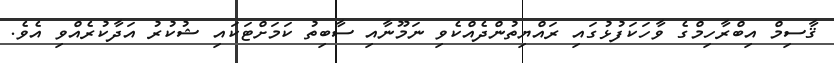
ޤާސިމް އިބްރާހިމްގެ ވާހަކަފުޅުގައި ރައްޔިތުންދެއްކެވި ނަމޫނާއި ސާބިތު ކަމަށްޓަކައި ޝުކުރު އަދާކުރެއްވި އެވެ.